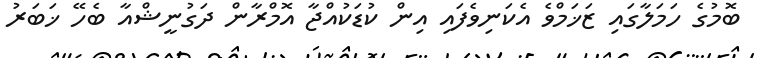
ބޮމުގެ ހަމަލާގައި ޒަޚަމްވެ އެކަނިވެފައި އިން ކުޑަކުއްޖާ އޮމްރާން ދަގުނީޝްއާ ބެހޭ ޚަބަރު